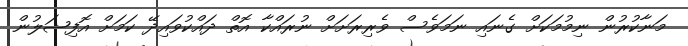
މަނާކުރުން ނިމުމަކަށް ގެނައި ނަމަވެސް ވެރިރަށަށް ނުރައްކާ އޮތް ދައްކުވައިދޭ ކަމަށް އޮފިޝަލުން